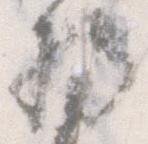
将